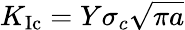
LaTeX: K_{\mathrm{{Ic}}}=Y\sigma_{c}{\sqrt{\pi a}}